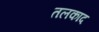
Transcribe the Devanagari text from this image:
तलकाद